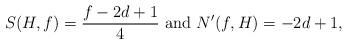
LaTeX: \begin{align*}S(H,f) =\frac{f-2d+1}{4}\hbox{ and }N'(f,H)=-2d+1,\end{align*}